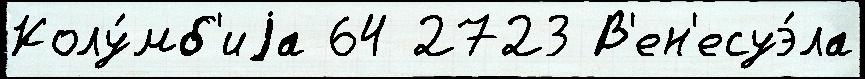
Колу́мб'иjа 64 2723 В'ен'есуэ́ла